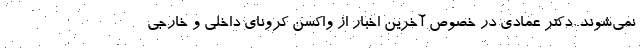
نمی‌شوند. دکتر عمادی در خصوص آخرین اخبار از واکسن کرونای داخلی و خارجی